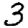
Digit: 3